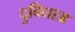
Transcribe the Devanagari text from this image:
दुविधाअ